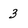
Character: 3